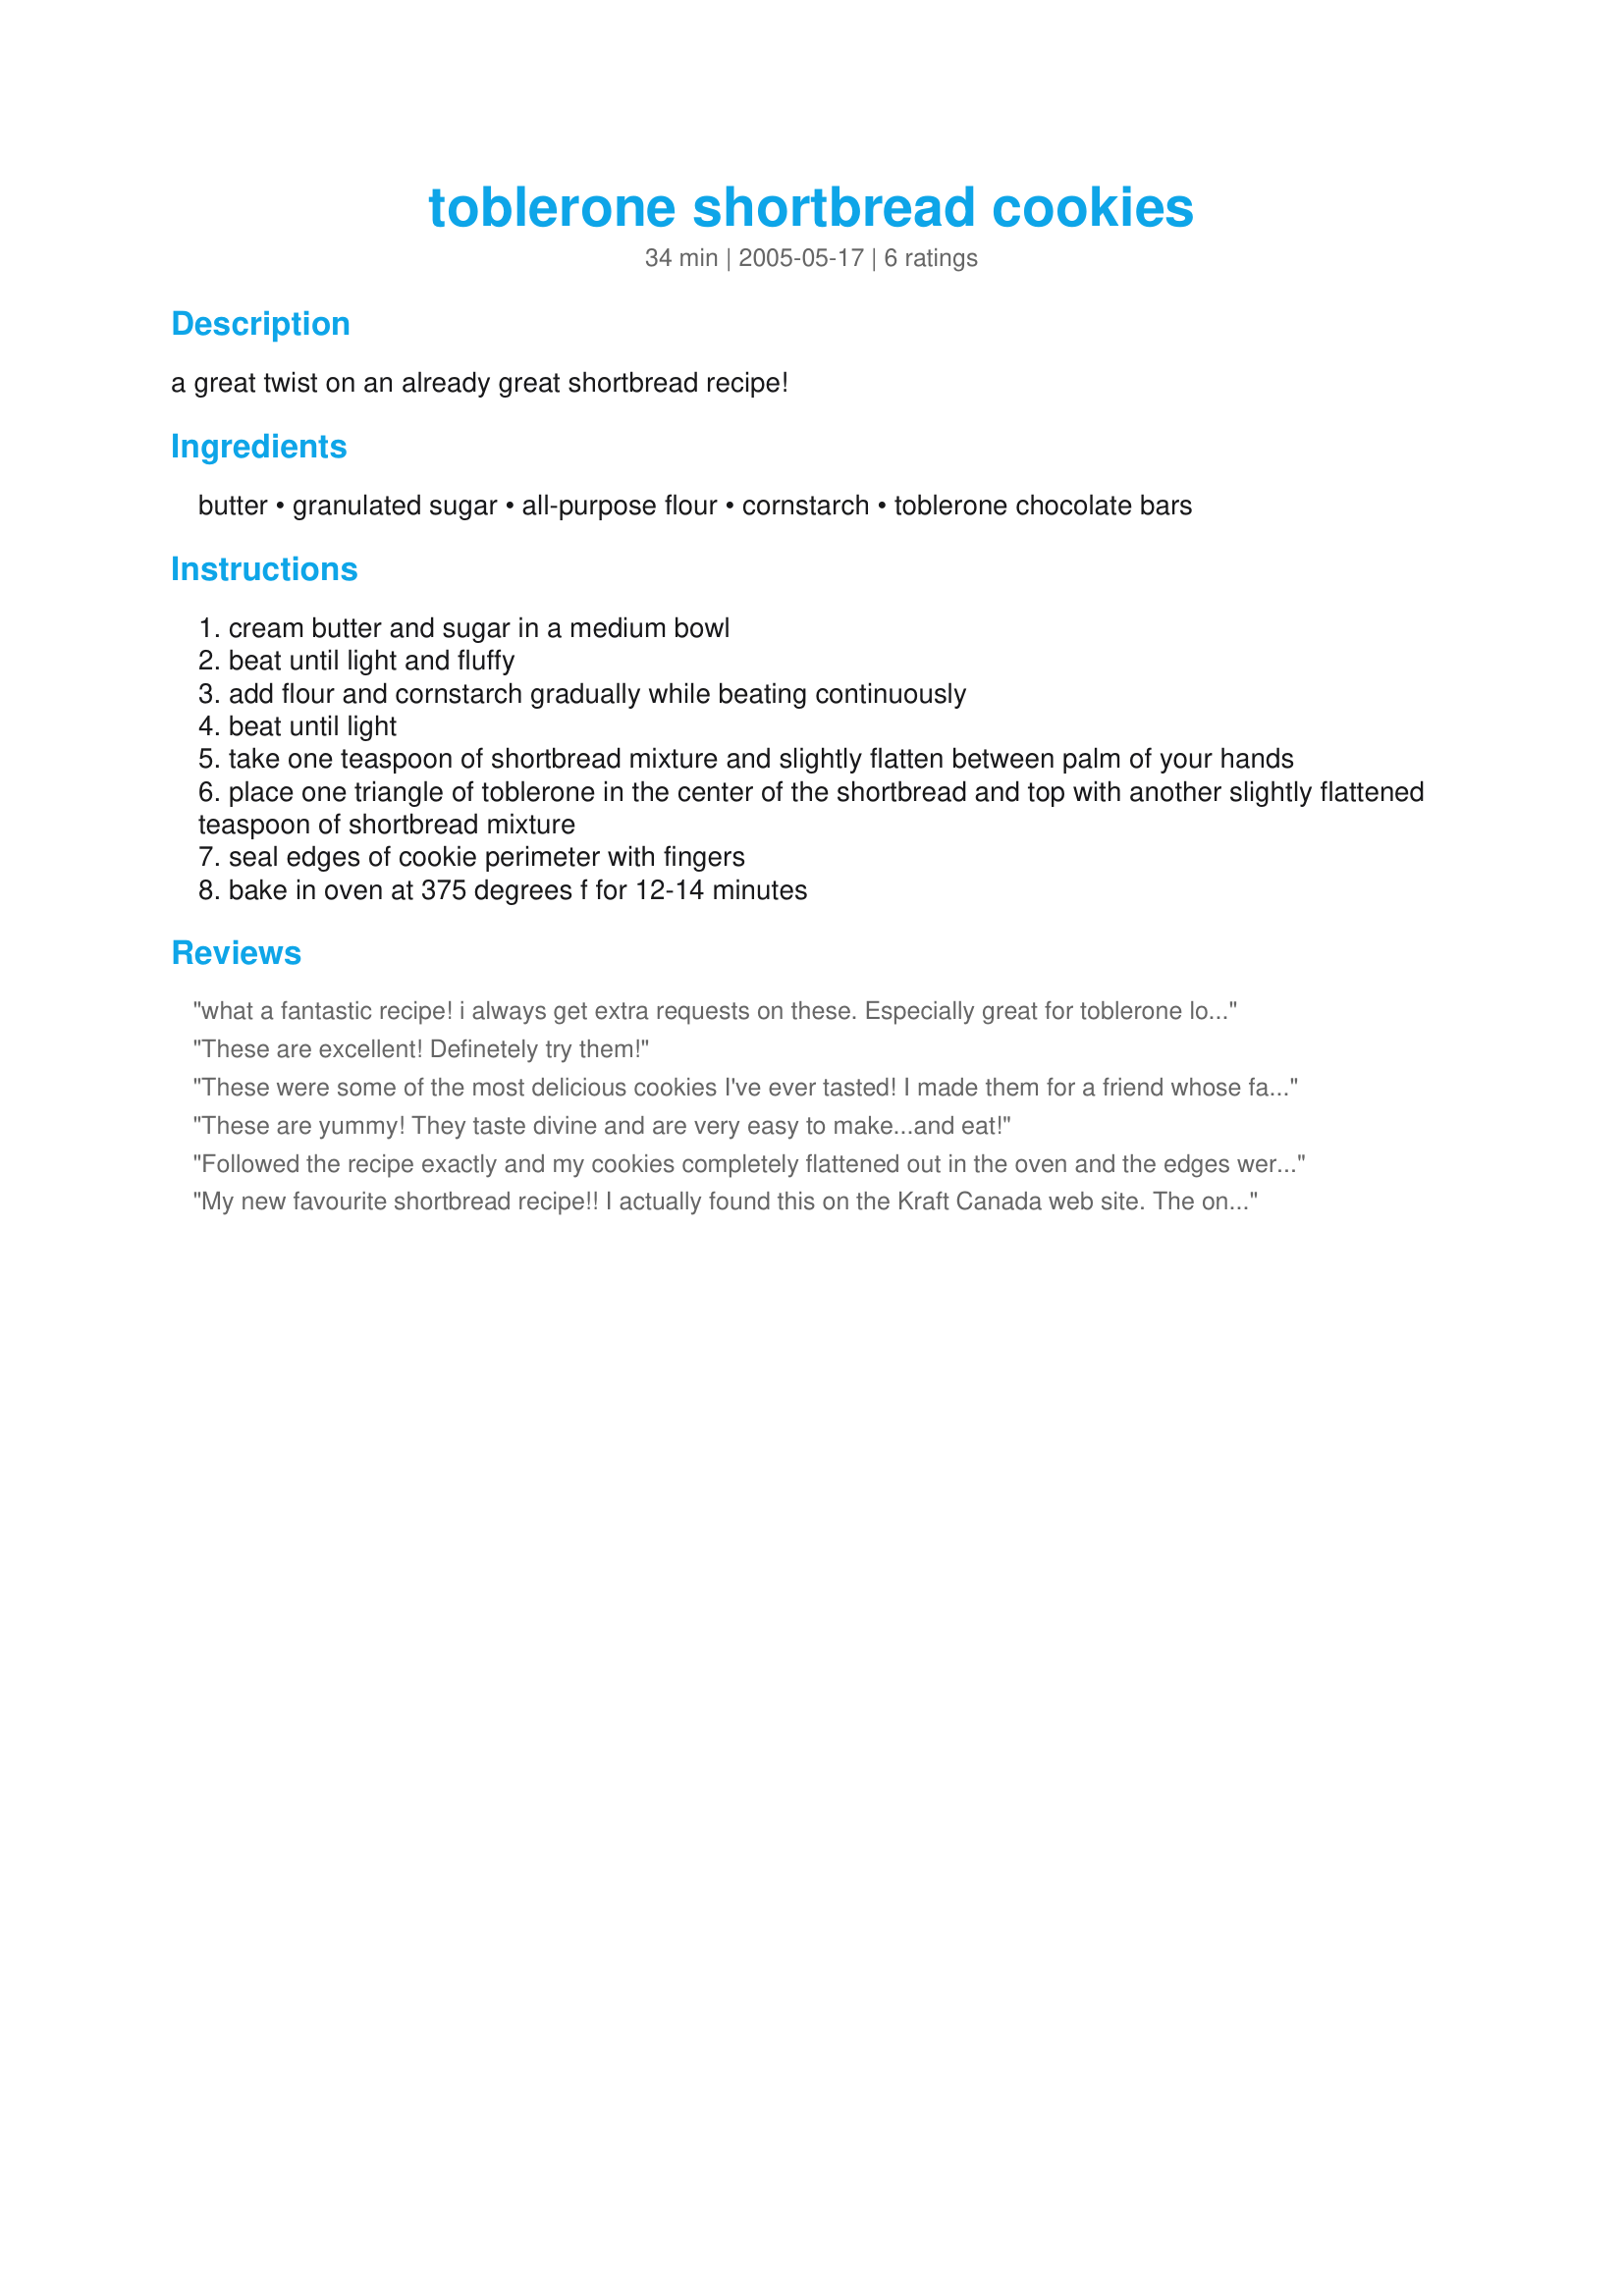
toblerone shortbread cookies
Preparation time: 34 minutes

a great twist on an already great shortbread recipe!

Ingredients:
butter, granulated sugar, all-purpose flour, cornstarch, toblerone chocolate bars

Steps:
cream butter and sugar in a medium bowl
beat until light and fluffy
add flour and cornstarch gradually while beating continuously
beat until light
take one teaspoon of shortbread mixture and slightly flatten between palm of your hands
place one triangle of toblerone in the center of the shortbread and top with another slightly flattened teaspoon of shortbread mixture
seal edges of cookie perimeter with fingers
bake in oven at 375 degrees f for 12-14 minutes

Reviews:
what a fantastic recipe!
i always get extra requests on these.
Especially great for toblerone lovers.
These are excellent! Definetely try them!
These were some of the most delicious cookies I've ever tasted! I made them for a friend whose favorite candy bar is toblerone and she loved them!. I've also made them with chopped snickers and milky way but I think toblerone is the greatest.
These are yummy! They taste divine and are very easy to make...and eat!
Followed the recipe exactly and my cookies completely flattened out in the oven and the edges were burnt. I dropped them in generous blobs so it is not a question of them being too small. Hugely disappointing and a waste of ingredients.
My new favourite shortbread recipe!! I actually found this on the Kraft Canada web site. The only difference I made was to blend the sugar to a superfine texture. Very tender cookie with the surprise of Toblerone!
